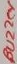
Text: Buzzer